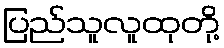
ပြည်သူလူထုတို့